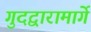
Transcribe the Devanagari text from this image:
गुदद्वारामार्गे